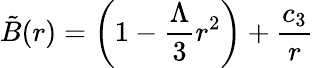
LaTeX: \tilde{B}(r)=\left(1-\frac{\Lambda}{3}r^{2}\right)+\frac{c_{3}}{r}